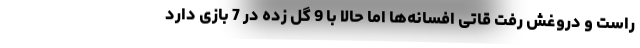
راست و دروغش رفت قاتی افسانه‌ها اما حالا با 9 گل زده در 7 بازی دارد